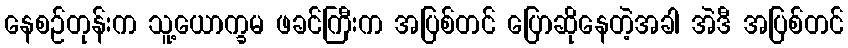
နေစဉ်တုန်းက သူ့ယောက္ခမ ဖခင်ကြီးက အပြစ်တင် ပြောဆိုနေတဲ့အခါ အဲဒီ အပြစ်တင်